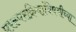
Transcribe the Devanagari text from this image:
परस्परक्रियांविषयीच्या